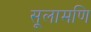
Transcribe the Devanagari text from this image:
सूलामणि